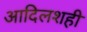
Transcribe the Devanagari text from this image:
आदिलशही